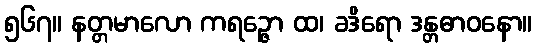
၅၆၇။ နတ္တမာလော ကရဉ္ဇော ထ၊ ခဒိရော ဒန္တဓာဝနော။